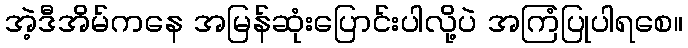
အဲ့ဒီအိမ်ကနေ အမြန်ဆုံးပြောင်းပါလို့ပဲ အကြံပြုပါရစေ။